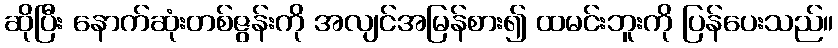
ဆိုပြီး နောက်ဆုံးတစ်ဇွန်းကို အလျင်အမြန်စား၍ ထမင်းဘူးကို ပြန်ပေးသည်။